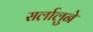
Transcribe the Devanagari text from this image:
सर्लालुने